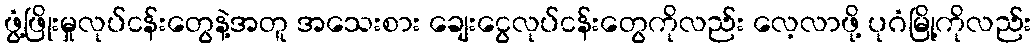
ဖွံ့ဖြိုးမှုလုပ်ငန်းတွေနဲ့အတူ အသေးစား ချေးငွေလုပ်ငန်းတွေကိုလည်း လေ့လာဖို့ ပုဂံမြို့ကိုလည်း